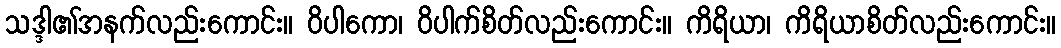
သဒ္ဒါ၏အနက်လည်းကောင်း။ ဝိပါကော၊ ဝိပါက်စိတ်လည်းကောင်း။ ကိရိယာ၊ ကိရိယာစိတ်လည်းကောင်း။